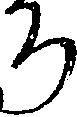
ろ